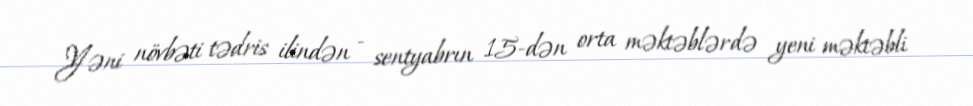
Yəni növbəti tədris ilindən - sentyabrın 15-dən orta məktəblərdə yeni məktəbli